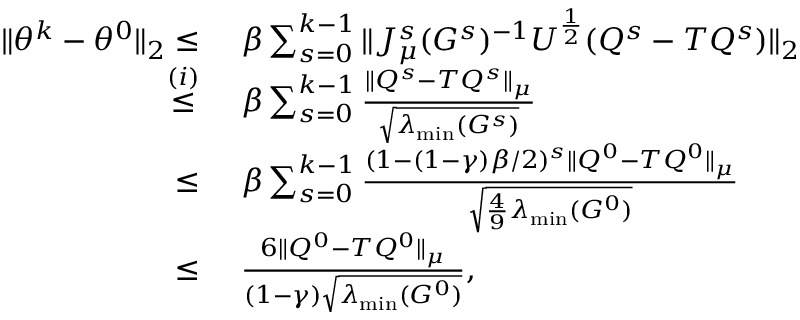
\begin{array} { r l } { \| \theta ^ { k } - \theta ^ { 0 } \| _ { 2 } \leq } & { \, \, \beta \sum _ { s = 0 } ^ { k - 1 } \| J _ { \mu } ^ { s } ( G ^ { s } ) ^ { - 1 } U ^ { \frac { 1 } { 2 } } ( Q ^ { s } - T Q ^ { s } ) \| _ { 2 } } \\ { \overset { ( i ) } { \leq } } & { \, \, \beta \sum _ { s = 0 } ^ { k - 1 } \frac { \| Q ^ { s } - T Q ^ { s } \| _ { \mu } } { \sqrt { \lambda _ { \operatorname* { m i n } } ( G ^ { s } ) } } } \\ { \leq } & { \, \, \beta \sum _ { s = 0 } ^ { k - 1 } \frac { ( 1 - ( 1 - \gamma ) \beta / 2 ) ^ { s } \| Q ^ { 0 } - T Q ^ { 0 } \| _ { \mu } } { \sqrt { \frac { 4 } { 9 } \lambda _ { \operatorname* { m i n } } ( G ^ { 0 } ) } } } \\ { \leq } & { \, \, \frac { 6 \| Q ^ { 0 } - T Q ^ { 0 } \| _ { \mu } } { ( 1 - \gamma ) \sqrt { \lambda _ { \operatorname* { m i n } } ( G ^ { 0 } ) } } , } \end{array}